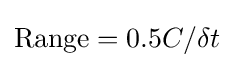
{\text{Range}}=0.5C/\delta t